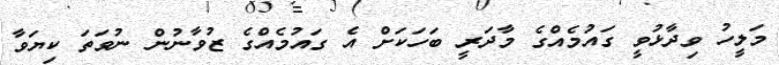
މަލީހު ވިދާޅުވީ ގައުމެއްގެ މާދަރީ ބަހަކަށް އެ ގައުމެއްގެ ޒުވާނުން ނުވަތަ ކިޔަވާ